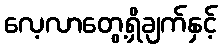
လေ့လာတွေ့ရှိချက်နှင့်